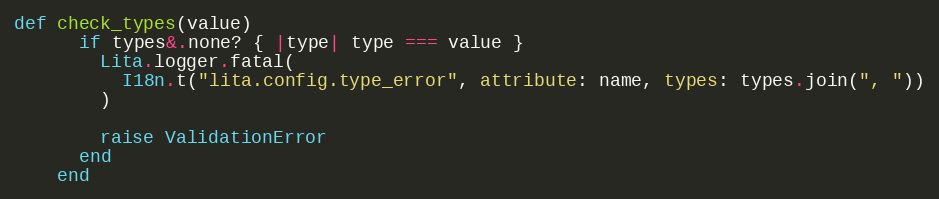
Language: Ruby
def check_types(value)
      if types&.none? { |type| type === value }
        Lita.logger.fatal(
          I18n.t("lita.config.type_error", attribute: name, types: types.join(", "))
        )

        raise ValidationError
      end
    end